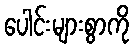
ပေါင်းများစွာကို